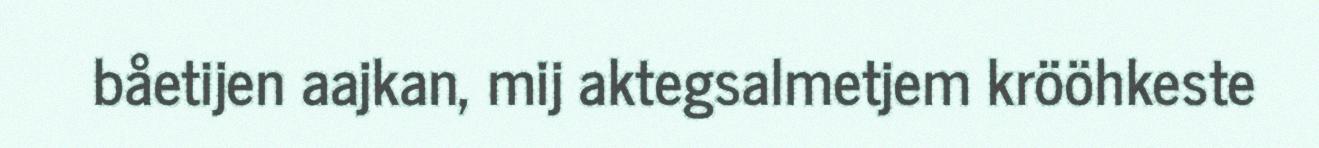
båetijen aajkan, mij aktegsalmetjem krööhkeste